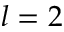
l = 2